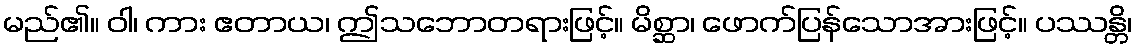
မည်၏။ ဝါ၊ ကား ဧတာယ၊ ဤသဘောတရားဖြင့်။ မိစ္ဆာ၊ ဖောက်ပြန်သောအားဖြင့်။ ပဿန္တိ၊